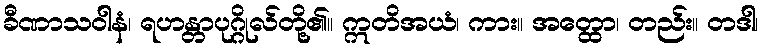
ခီဏာသဝါနံ၊ ရဟန္တာပုဂ္ဂိုလ်တို့၏။ ဣတိအယံ၊ ကား။ အတ္ထော၊ တည်း။ တဒါ၊